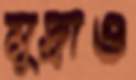
মুদ্রাও